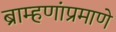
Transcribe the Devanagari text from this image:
ब्राम्हणांप्रमाणे